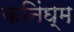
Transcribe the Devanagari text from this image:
कनिंघ्म